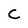
Character: C